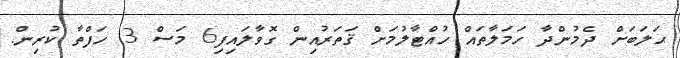
ޙަލަބަށް ދެމުންދާ ހަމަލާތައް ހުއްޓާލުމަށް ޤަތަރުއިން ގޮވާލައިފި6 މަސް 3 ހަފްތާ ކުރިން.